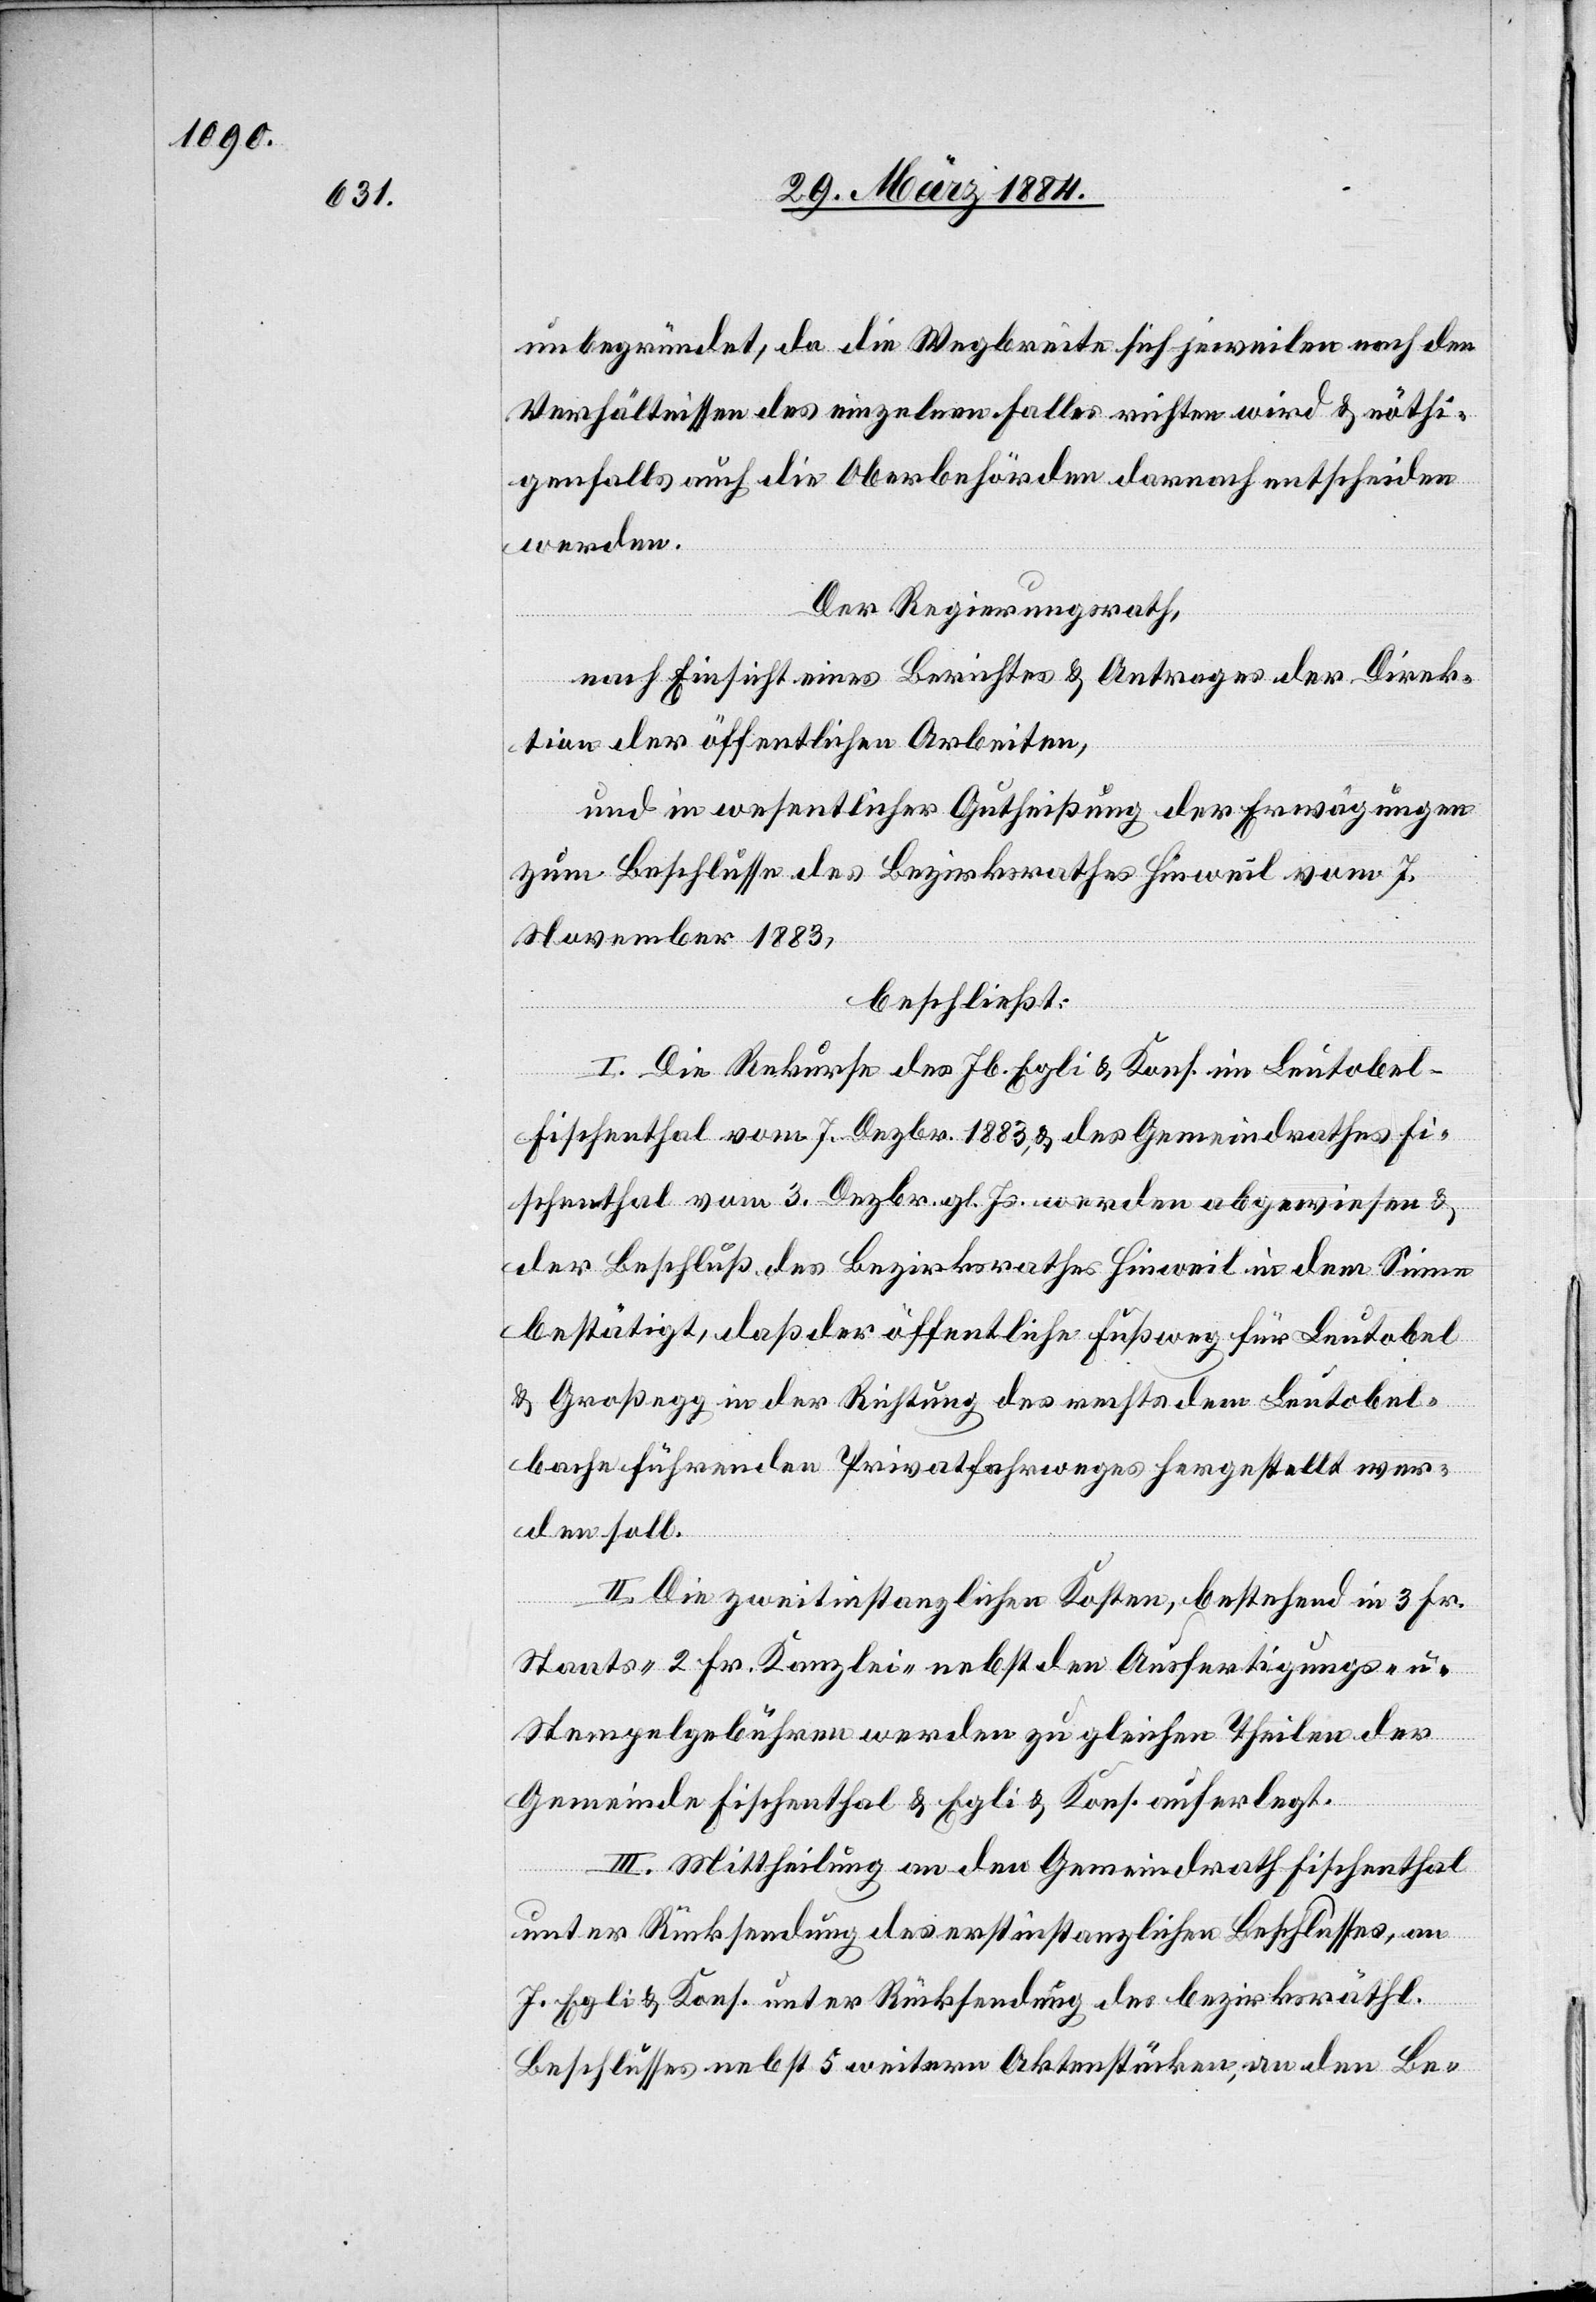
unbegründet, da die Wegbreite sich jeweilen nach den
Verhältnissen des einzelnen Falles richten wird & nöthi¬
genfalls auch die Oberbehörden darnach entscheiden
werden.
Der Regierungsrath,
nach Einsicht eines Berichtes & Antrages der Direk¬
tion der öffentlichen Arbeiten,
und in wesentlicher Gutheißung der Erwägungen
zum Beschlusse des Bezirksrathes Hinweil vom 7.
November 1883,
beschließt:
I. Die Rekurse des Jb. Egli & Kons. im Leutobel
-
Fischenthal vom 7. Dezbr. 1883, & des Gemeindrathes Fi¬
schenthal vom 3. Dezbr. gl. Js. werden abgewiesen &
der Beschluß des Bezirksrathes Hinweil in dem Sinne
bestätigt, daß der öffentliche Fußweg für Leutobel
& Großegg in der Richtung des rechts dem Leutobel¬
bache führenden Privatfahrweges hergestellt wer¬
den soll.
II. Die zweitinstanzlichen Kosten, bestehend in 3 Fr.
Staats-, 2 Fr. Kanzlei-, nebst den Ausfertigungs- u.
Stempelgebühren werden zu gleichen Theilen der
Gemeinde Fischenthal & Egli & Kons. auferlegt.
III. Mittheilung an den Gemeindrath Fischenthal
unter Rücksendung des erstinstanzlichen Beschlußes, an
J. Egli & Kons. unter Rücksendung des bezirksräthl.
Beschlusses nebst 5 weitern Aktenstücken, an den Be-